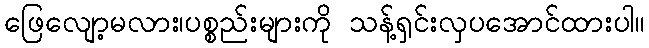
ဖြေလျော့မလား၊ပစ္စည်းများကို သန့်ရှင်းလှပအောင်ထားပါ။